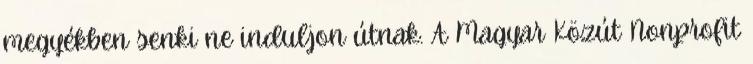
megyékben senki ne induljon útnak. A Magyar Közút Nonprofit